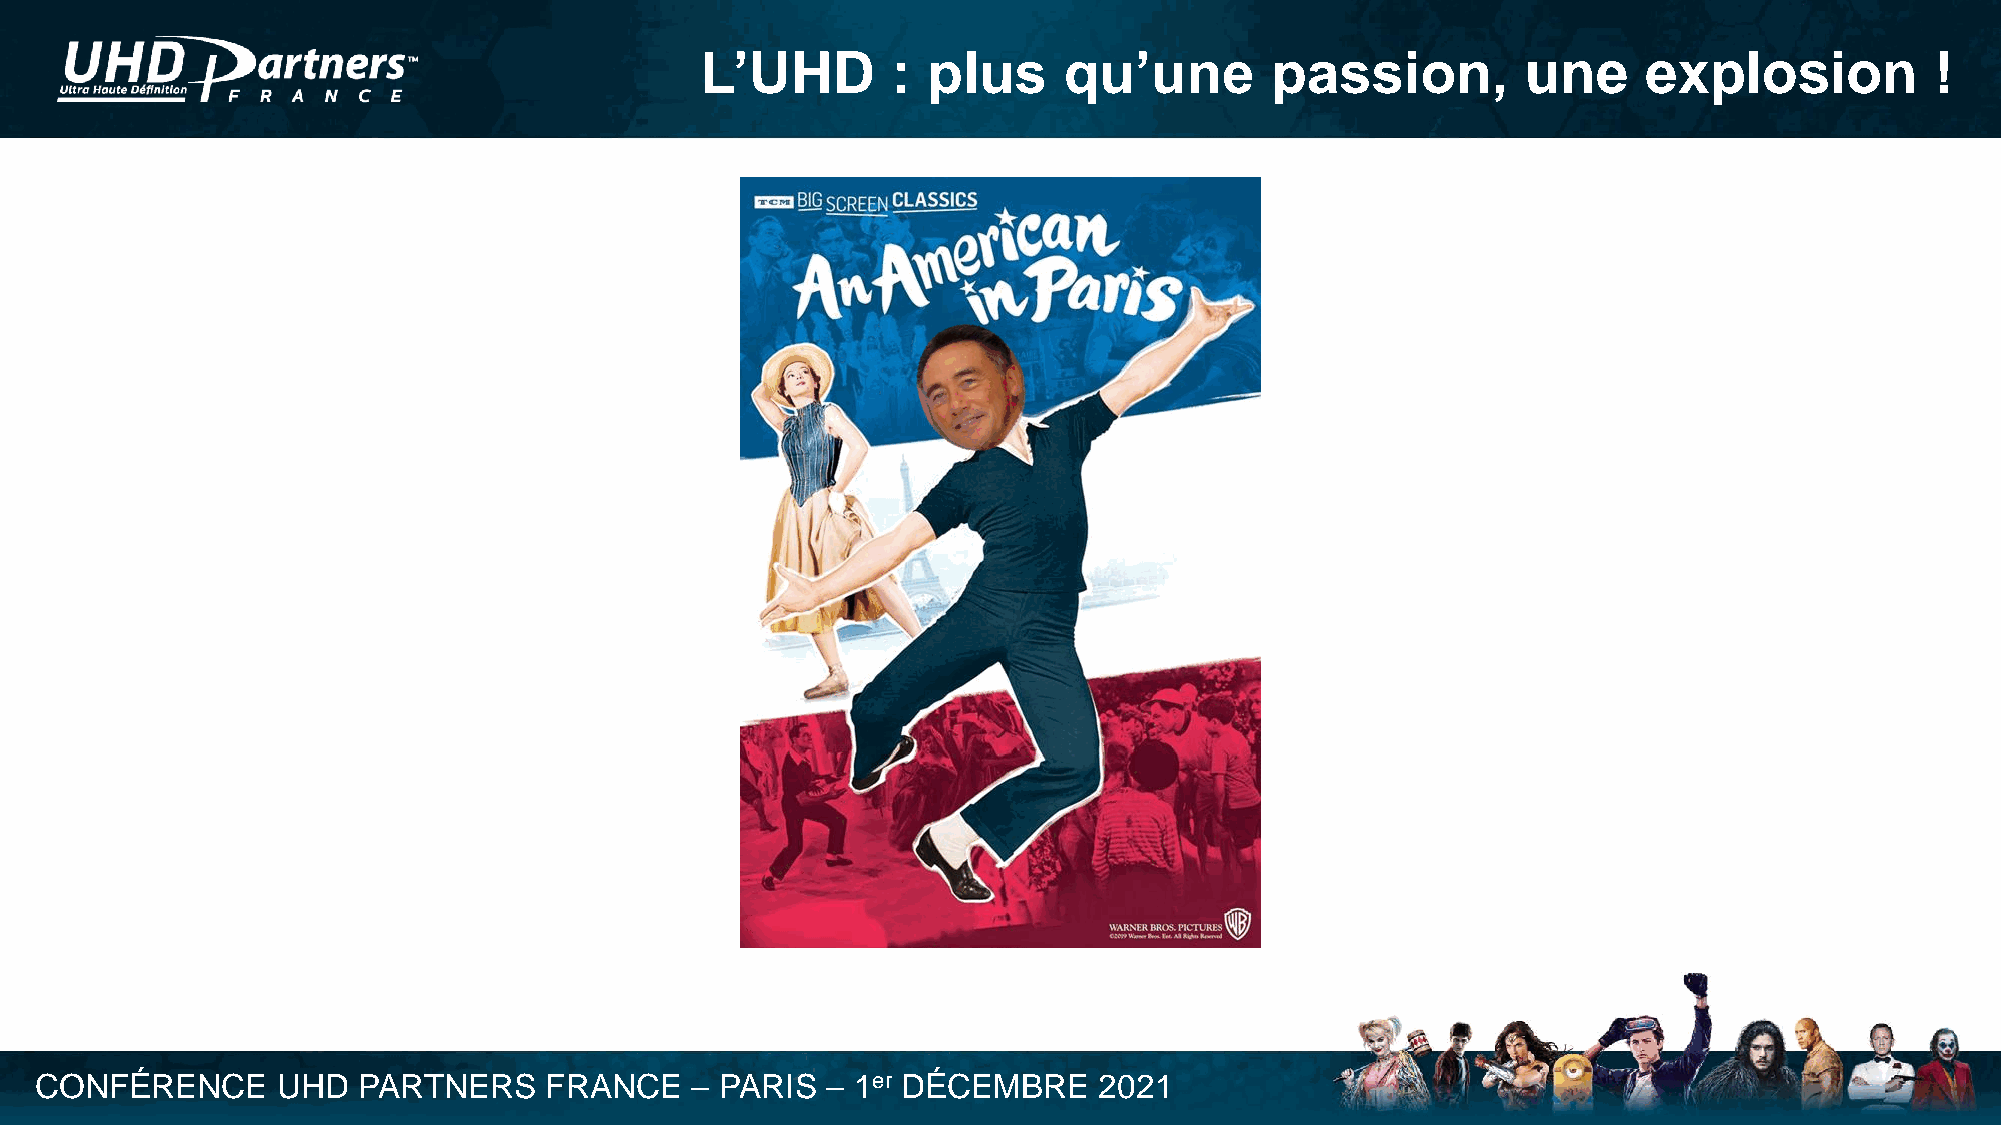
L’UHD        : plus     qu’une        passion,         une     explosion          !
 CONFÉRENCE      UHD   PARTNERS    FRANCE    – PARIS  – 1er DÉCEMBRE    2021